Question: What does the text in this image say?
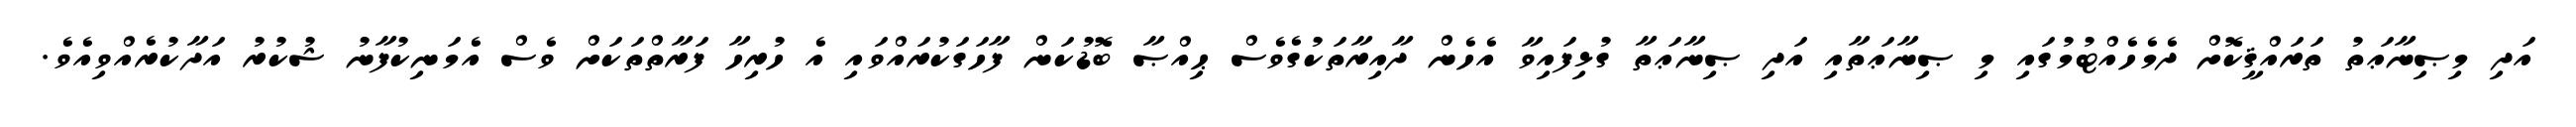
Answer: އަދި މިޞިނާޢަތު ތަރައްޤީކޮށް ދެމެހެއްޓުމުގައި މި ޞިނާޢަތާއި އަދި ޞިނާޢަތާ ގުޅިފައިވާ އެހެން ދާއިރާތަކުގެވެސް ޙިއްޞާ ބޮޑުކަން ފާހަގަކުރައްވައި އެ ހުރިހާ ފަރާތްތަކަށް ވެސް އެމަނިކުފާނު ޝުކުރު އަދާކުރެއްވިއެވެ.